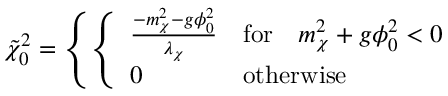
\tilde { \chi } _ { 0 } ^ { 2 } = \left\{ \left\{ \begin{array} { l l } { { { \frac { - m _ { \chi } ^ { 2 } - g \phi _ { 0 } ^ { 2 } } { \lambda _ { \chi } } } } } & { { \mathrm { f o r } \quad m _ { \chi } ^ { 2 } + g \phi _ { 0 } ^ { 2 } < 0 } } \\ { { 0 } } & { { \mathrm { o t h e r w i s e } } } \end{array} \right. \right.